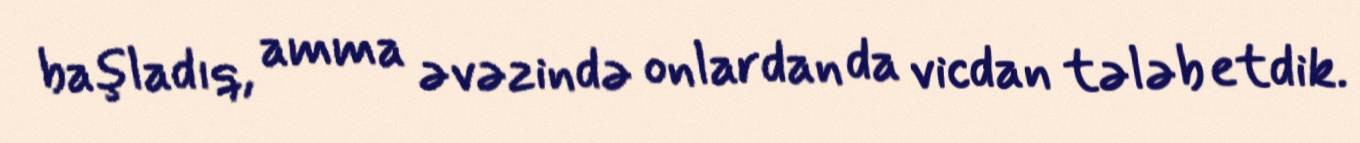
başladıq, amma əvəzində onlardan da vicdan tələb etdik.